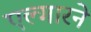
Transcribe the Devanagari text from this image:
एल्गारने